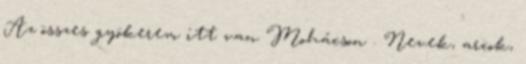
Az összes gyökerem itt van Mohácson . Nevek, arcok,